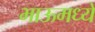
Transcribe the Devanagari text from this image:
भाऊमध्ये